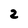
Character: 2